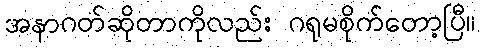
အနာဂတ်ဆိုတာကိုလည်း ဂရုမစိုက်တော့ပြီ။